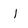
Character: l